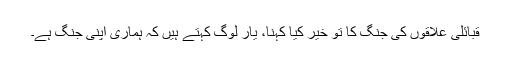
قبائلی علاقوں کی جنگ کا تو خیر کیا کہنا، یار لوگ کہتے ہیں کہ ہماری اپنی جنگ ہے۔